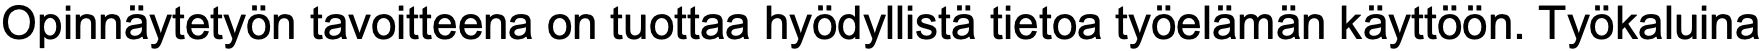
Opinnäytetyön tavoitteena on tuottaa hyödyllistä tietoa työelämän käyttöön. Työkaluina